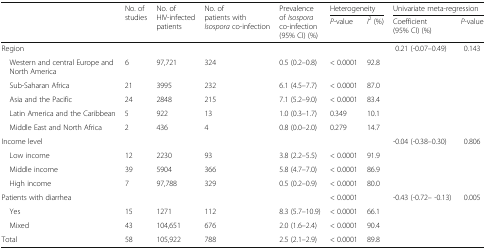
<table><thead><tr><td rowspan="2"></td><td rowspan="2"><b>No. of studies</b></td><td rowspan="2"><b>No. of HIV-infected patients</b></td><td rowspan="2"><b>No. of patients with <i>Isospora</i> co-infection</b></td><td rowspan="2"><b>Prevalence of <i>Isospora</i> co-infection (95% CI) (%)</b></td><td colspan="2"><b>Heterogeneity</b></td><td colspan="2"><b>Univariate meta-regression</b></td></tr><tr><td><b><i>P-</i>value</b></td><td><b><i>I</i><sup>2</sup> (%)</b></td><td><b>Coefficient (95% CI) (%)</b></td><td><b><i>P-</i>value</b></td></tr></thead><tbody><tr><td>Region</td><td></td><td></td><td></td><td></td><td></td><td></td><td>0.21 (-0.07–0.49)</td><td>0.143</td></tr><tr><td> Western and central Europe and North America</td><td>6</td><td>97,721</td><td>324</td><td>0.5 (0.2–0.8)</td><td>&lt; 0.0001</td><td>92.8</td><td></td><td></td></tr><tr><td> Sub-Saharan Africa</td><td>21</td><td>3995</td><td>232</td><td>6.1 (4.5–7.7)</td><td>&lt; 0.0001</td><td>87.0</td><td></td><td></td></tr><tr><td> Asia and the Pacific</td><td>24</td><td>2848</td><td>215</td><td>7.1 (5.2–9.0)</td><td>&lt; 0.0001</td><td>83.4</td><td></td><td></td></tr><tr><td> Latin America and the Caribbean</td><td>5</td><td>922</td><td>13</td><td>1.0 (0.3–1.7)</td><td>0.349</td><td>10.1</td><td></td><td></td></tr><tr><td> Middle East and North Africa</td><td>2</td><td>436</td><td>4</td><td>0.8 (0.0–2.0)</td><td>0.279</td><td>14.7</td><td></td><td></td></tr><tr><td>Income level</td><td></td><td></td><td></td><td></td><td></td><td></td><td>-0.04 (-0.38–0.30)</td><td>0.806</td></tr><tr><td> Low income</td><td>12</td><td>2230</td><td>93</td><td>3.8 (2.2–5.5)</td><td>&lt; 0.0001</td><td>91.9</td><td></td><td></td></tr><tr><td> Middle income</td><td>39</td><td>5904</td><td>366</td><td>5.8 (4.7–7.0)</td><td>&lt; 0.0001</td><td>86.9</td><td></td><td></td></tr><tr><td> High income</td><td>7</td><td>97,788</td><td>329</td><td>0.5 (0.2–0.9)</td><td>&lt; 0.0001</td><td>80.0</td><td></td><td></td></tr><tr><td>Patients with diarrhea</td><td></td><td></td><td></td><td></td><td>&lt; 0.0001</td><td></td><td>-0.43 (-0.72– -0.13)</td><td>0.005</td></tr><tr><td> Yes</td><td>15</td><td>1271</td><td>112</td><td>8.3 (5.7–10.9)</td><td>&lt; 0.0001</td><td>66.1</td><td></td><td></td></tr><tr><td> Mixed</td><td>43</td><td>104,651</td><td>676</td><td>2.0 (1.6–2.4)</td><td>&lt; 0.0001</td><td>90.4</td><td></td><td></td></tr><tr><td>Total</td><td>58</td><td>105,922</td><td>788</td><td>2.5 (2.1–2.9)</td><td>&lt; 0.0001</td><td>89.8</td><td></td><td></td></tr></tbody></table>